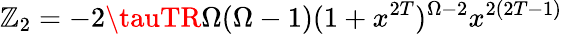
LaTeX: \mathbb{Z}_{2}=-2\tauTR\Omega(\Omega-1)(1+x^{2T})^{\Omega-2}{x^{2(2T-1)}}